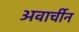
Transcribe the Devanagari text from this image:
अवार्चीन